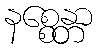
နစ္စေန္တာ